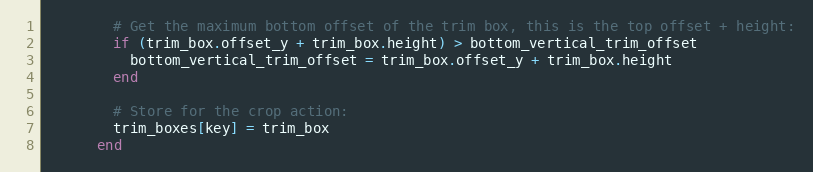
Language: Ruby
        # Get the maximum bottom offset of the trim box, this is the top offset + height:
        if (trim_box.offset_y + trim_box.height) > bottom_vertical_trim_offset
          bottom_vertical_trim_offset = trim_box.offset_y + trim_box.height
        end

        # Store for the crop action:
        trim_boxes[key] = trim_box
      end